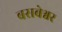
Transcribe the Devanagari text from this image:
बसबेश्वर